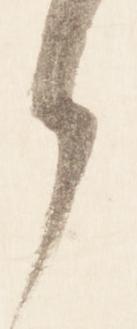
ら